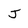
Character: J